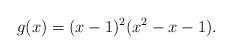
LaTeX: \begin{align*}g(x)=(x-1)^2(x^2-x-1).\end{align*}